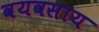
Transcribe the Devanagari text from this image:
वयवसाय